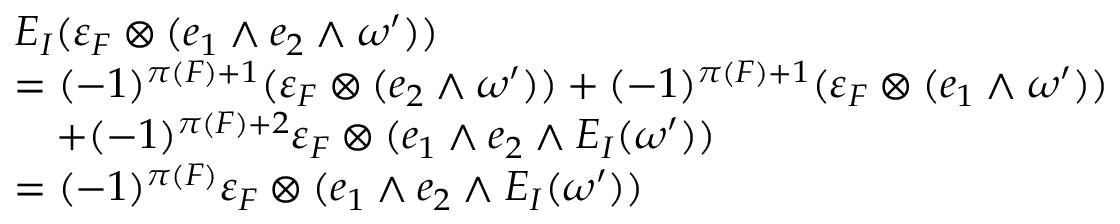
\begin{array} { r l } & { E _ { I } ( \varepsilon _ { F } \otimes ( e _ { 1 } \wedge e _ { 2 } \wedge \omega ^ { \prime } ) ) } \\ & { = ( - 1 ) ^ { \pi ( F ) + 1 } ( \varepsilon _ { F } \otimes ( e _ { 2 } \wedge \omega ^ { \prime } ) ) + ( - 1 ) ^ { \pi ( F ) + 1 } ( \varepsilon _ { F } \otimes ( e _ { 1 } \wedge \omega ^ { \prime } ) ) } \\ & { \quad + ( - 1 ) ^ { \pi ( F ) + 2 } \varepsilon _ { F } \otimes ( e _ { 1 } \wedge e _ { 2 } \wedge E _ { I } ( \omega ^ { \prime } ) ) } \\ & { = ( - 1 ) ^ { \pi ( F ) } \varepsilon _ { F } \otimes ( e _ { 1 } \wedge e _ { 2 } \wedge E _ { I } ( \omega ^ { \prime } ) ) } \end{array}